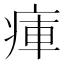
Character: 㾝